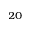
^ { 2 0 }